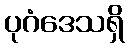
ပုဂံဒေသရှိ